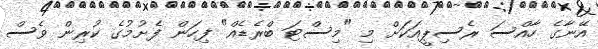
އޭނާގެ ހާއްސަ ރެސިޕީއަކަށް މި "މިސްޓަ ބްރެޑެއް" ފިހަން ފެށުމުގެ ކުރިން ވެސް